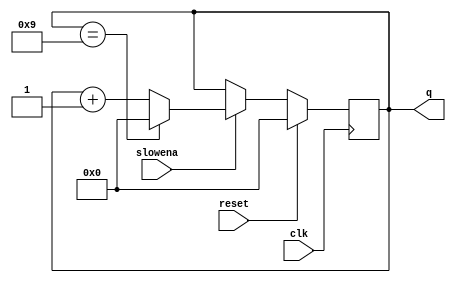
module top_module (
    input clk,
    input slowena,
    input reset,
    output reg [3:0] q
);
    // Decade counter logic
    always @(posedge clk) begin
        if (reset) begin
            q <= 4'b0000; // Reset counter to 0
        end else if (slowena) begin
            if (q == 4'b1001) begin
                q <= 4'b0000; // Wrap around when the counter reaches 9
            end else begin
                q <= q + 1; // Increment the counter
            end
        end
    end
endmodule